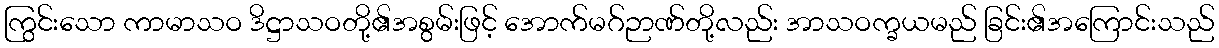
ကြွင်းသော ကာမာသဝ ဒိဋ္ဌာသဝတို့၏အစွမ်းဖြင့် အောက်မဂ်ဉာဏ်တို့လည်း အာသဝက္ခယမည် ခြင်း၏အကြောင်းသည်